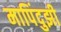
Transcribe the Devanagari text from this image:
मापिंदुझी